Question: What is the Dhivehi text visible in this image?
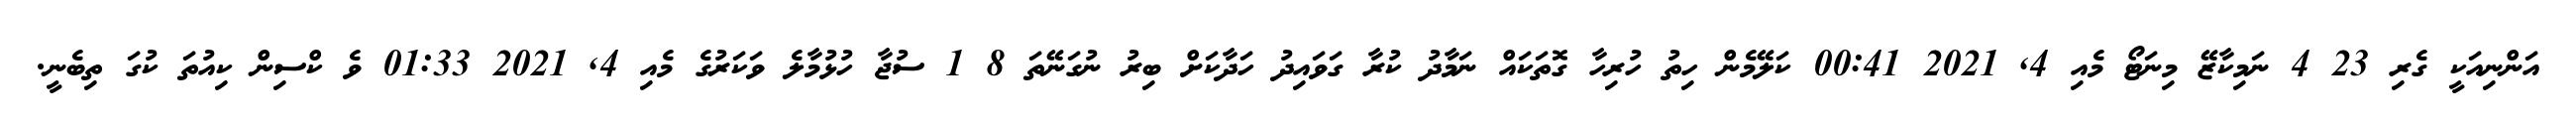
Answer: އަންނިއަކީ ގެރި 23 4 ނަމިކާޒޭ މިނަޓޯ މެއި 4, 2021 00:41 ކަލޭމެން ހިތު ހުރިހާ ގޮތަކައް ނަމާދު ކުރާ ގަވައިދު ހަދާކަށް ބިރު ނުގަނޭތަ 8 1 ސުޖާ ހުޅުމާލެ ވަކަރުގެ މެއި 4, 2021 01:33 ވެ ކްސިން ކިއުތަ ކުގަ ތިބެނީ.